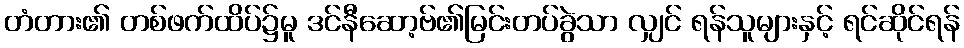
တံတား၏ တစ်ဖက်ထိပ်၌မူ ဒင်နီဆော့ဗ်၏မြင်းတပ်ခွဲသာ လျှင် ရန်သူများနှင့် ရင်ဆိုင်ရန်